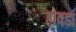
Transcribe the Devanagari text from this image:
होवडा